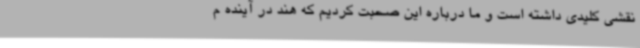
نقشی کلیدی داشته است و ما درباره این صحبت کردیم که هند در آینده م